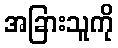
အခြားသူကို